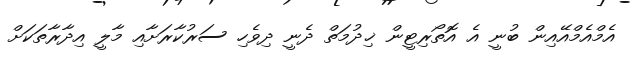
އެމްއެމްއޭއިން ބުނީ އެ އޮތޯރިޓީން ޚިދުމަތް ދެނީ ދިވެހި ސަރުކާރަށާއި މާލީ އިދާރާތަކަށް